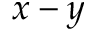
x - y